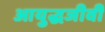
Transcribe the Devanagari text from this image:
आयुद्धजीवी